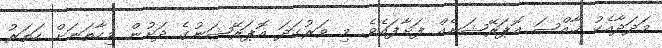
މަދަދާއެކު ޚާއްޞަ އޮޕަރޭޝަނެއް ފަށާފައެވެ. މި ވަރުގަދަ އޮޕަރޭޝަނުގެ ދަށުން މިހާތަނަށް ހަތަރު